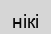
нікі